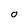
Character: O